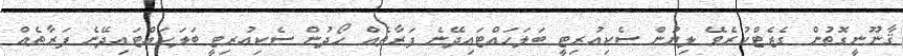
ޤާނޫނީގޮތުން ގެޒެޓްކުރެވޭ ލިޔުން ސެކިއުރިޓީ ބަލަހައްޓައިދޭނެ ފަރާތެއް ހޯދުން ސެކިއުރިޓީ ބަލަހައްޓައިދޭނެ ފަރާތެއް